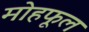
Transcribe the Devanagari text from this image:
मोहफूल